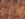
يبدو